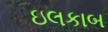
ઇલકાબ